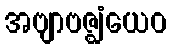
အဗျာဗဇ္ဈံယေဝ